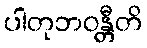
ပါတုဘဝန္တီတိ